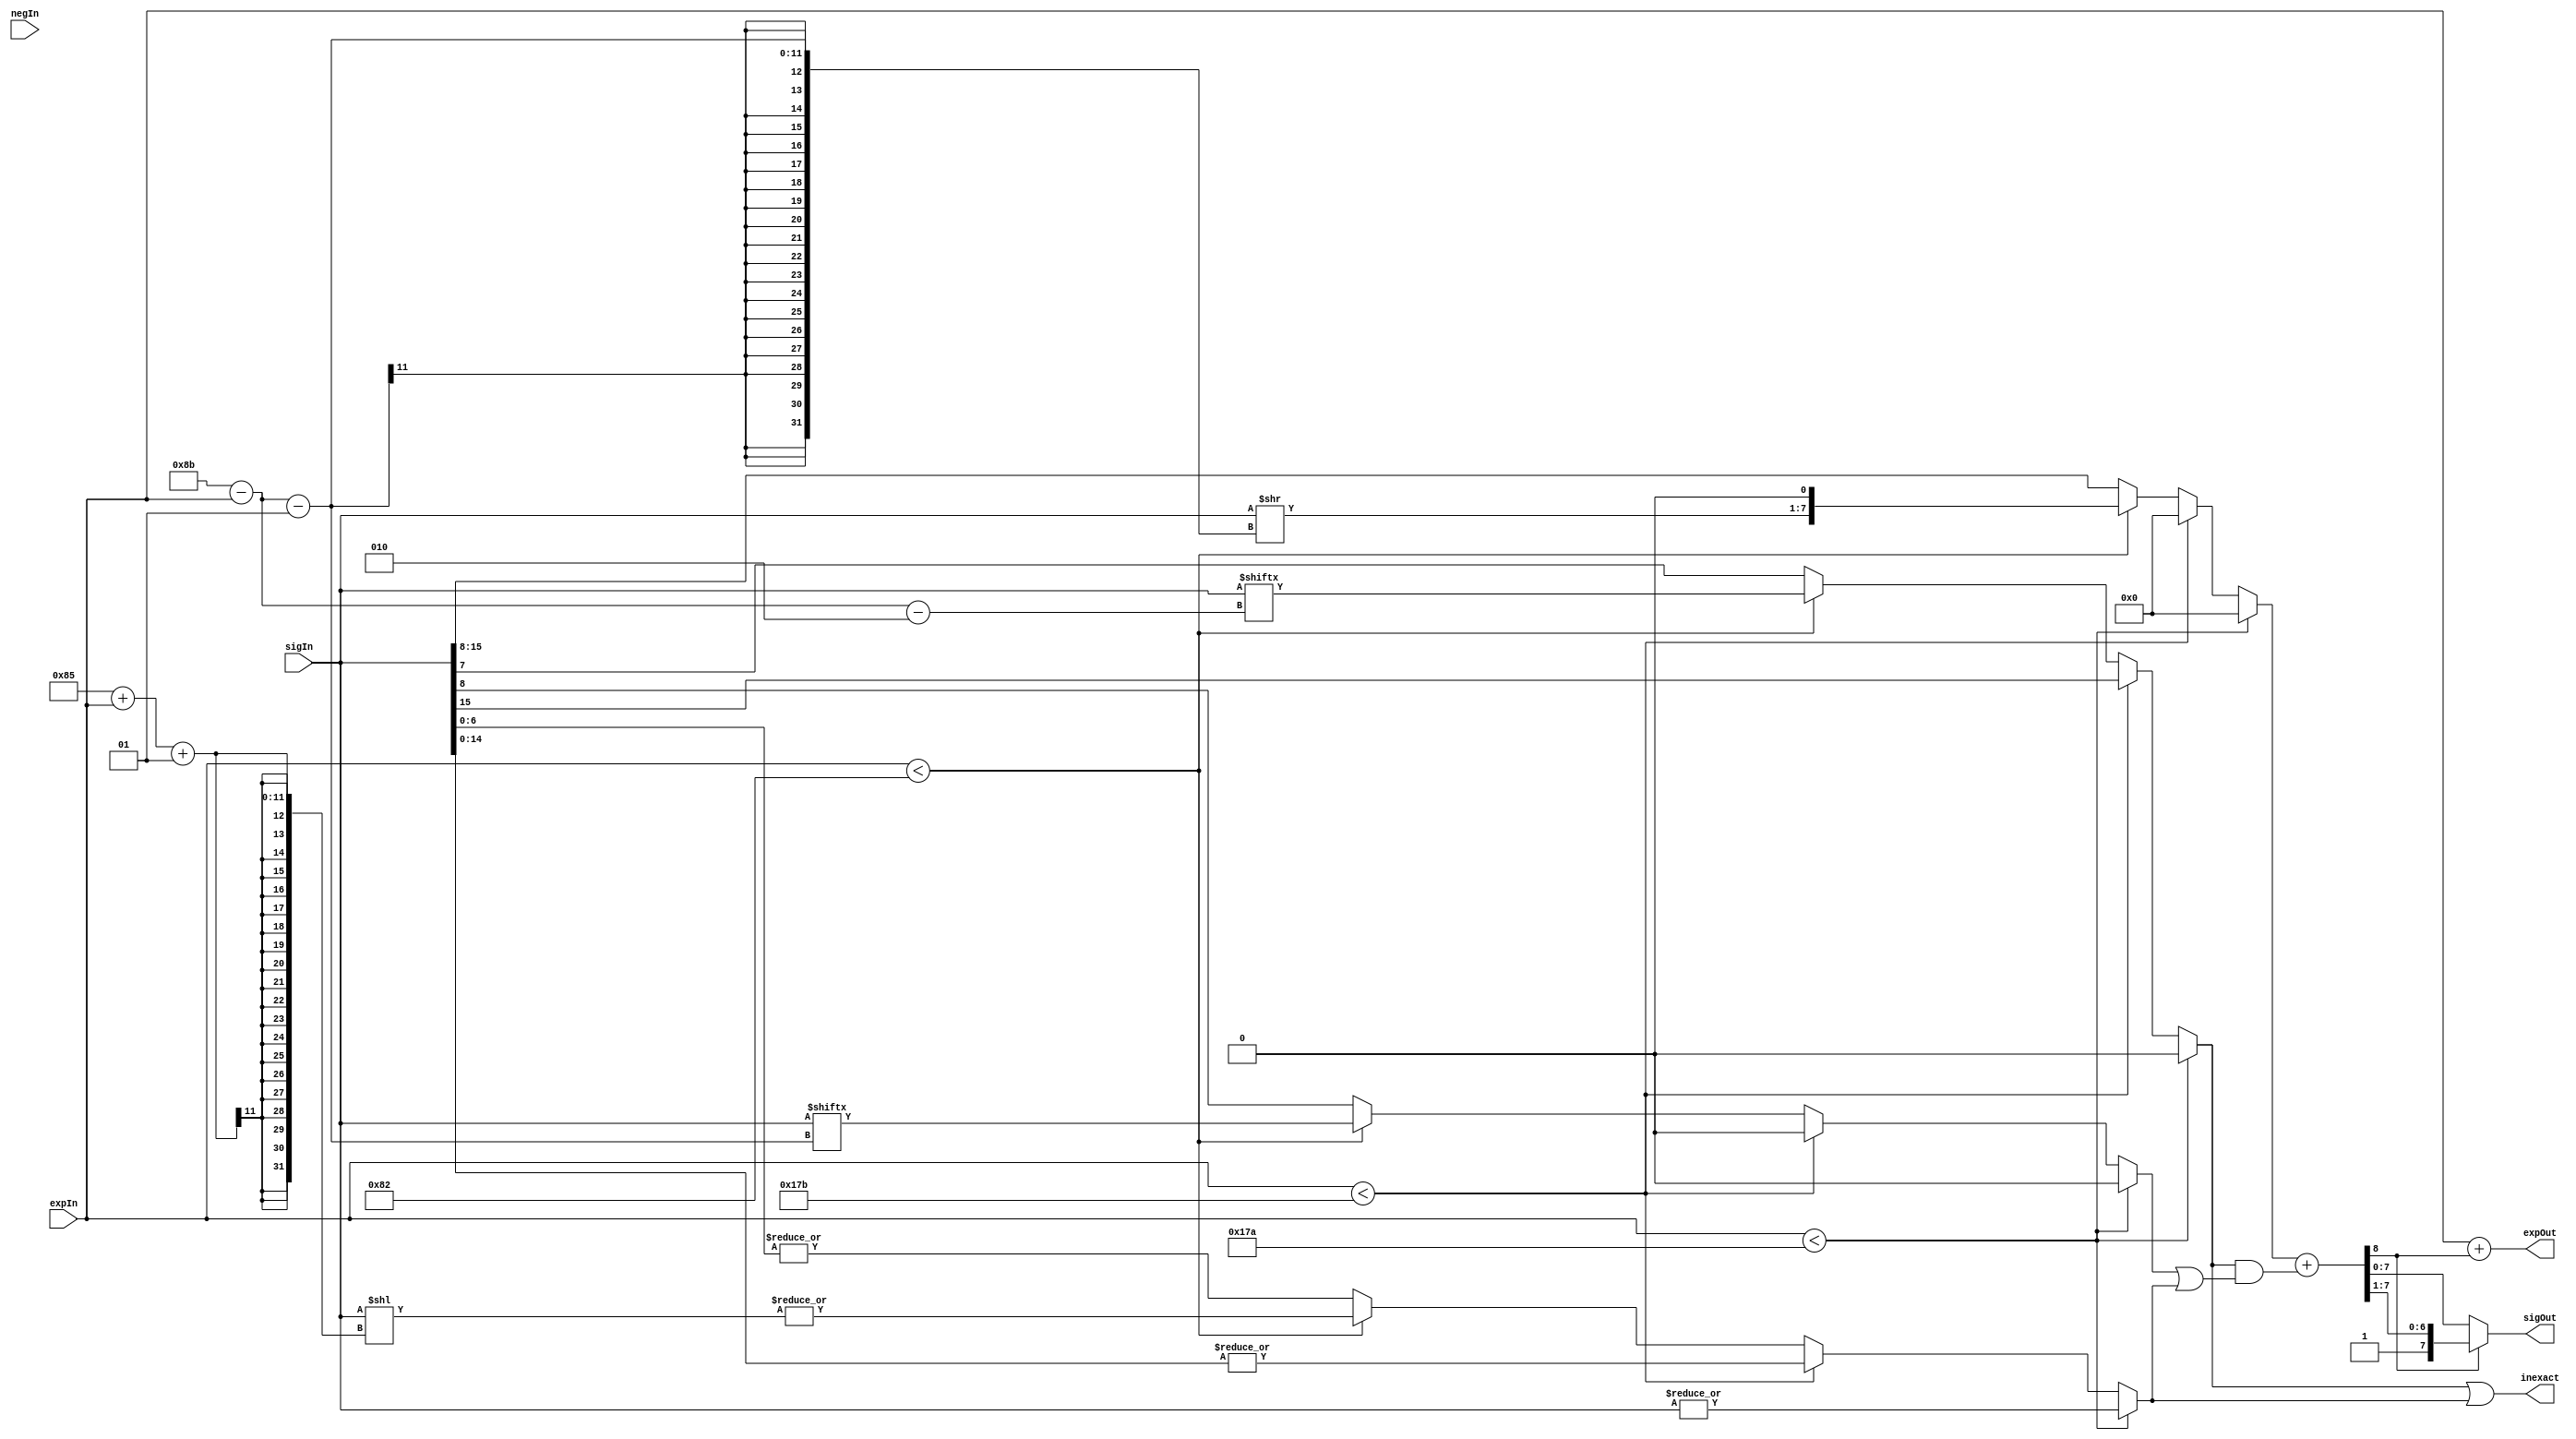
module round(negIn, expIn, sigIn,expOut, sigOut, inexact);
  parameter INTn = 16;
  parameter NEXP =  8;
  parameter NSIG = 7;
  parameter BIAS = ((1 << (NEXP - 1)) - 1); // IEEE 754, section 3.3
  parameter EMAX = BIAS; // IEEE 754, section 3.3
  parameter EMIN = (1 - EMAX); // IEEE 754, section 3.3

  input negIn;
  input signed [NEXP+1:0] expIn;
  input [INTn-1:0] sigIn;
  output signed [NEXP+1:0] expOut;
  output [NSIG:0] sigOut;
  output inexact;
  reg inexact;
  
  wire Cout;
  wire [NSIG:0] aSig, rSig;
  wire signed [NEXP+1:0] rExp;

  reg [NSIG:0] tSig;
  reg [INTn-1:0] yBar;
  
  // Flags used in determination of whether we should be rounding:
  reg lastKeptBitIsOdd, decidingBitIsOne, remainingBitsAreNonzero;
  
  reg subnormal;
  
  always @(*)
  begin
    subnormal = 1;
    
    if (expIn < -126-NSIG-1)
      begin
        // Is the last bit to be saved a `1', that is, is it odd?
        lastKeptBitIsOdd        =  1'b0; // No bits are being kept.
           
        // Is the first bit to be truncated a `1'?
        // Then we use the last bit being kept to break the tie
        // in choosing to round, or use the rest of the truncated
        // bits.
        decidingBitIsOne        =  1'b0;
  
        // Are the bits beyond the first bit to be truncated all zero?
        // If not, we don't have a tie situation.
        remainingBitsAreNonzero = |sigIn;
              
        tSig = {NSIG+1{1'b0}};
      end
    else if (expIn < EMIN-NSIG)
      begin
        // Is the last bit to be saved a `1', that is, is it odd?
        lastKeptBitIsOdd        =  1'b0; // No bits are being kept.
           
        // Is the first bit to be truncated a `1'?
        // Then we use the last bit being kept to break the tie
        // in choosing to round, or use the rest of the truncated
        // bits.
        decidingBitIsOne        =  sigIn[INTn-1];
  
        // Are the bits beyond the first bit to be truncated all zero?
        // If not, we don't have a tie situation.
        remainingBitsAreNonzero = |sigIn[INTn-2:0];
              
        tSig = {NSIG+1{1'b0}};
      end
    else if (expIn < EMIN)
      begin
        // Is the last bit to be saved a `1', that is, is it odd?
        lastKeptBitIsOdd        =  sigIn[INTn-NSIG+EMIN-expIn-1];
           
        // Is the first bit to be truncated a `1'?
        // Then we use the last bit being kept to break the tie
        // in choosing to round, or use the rest of the truncated
        // bits.
        decidingBitIsOne        =  sigIn[INTn-NSIG+EMIN-expIn-2];
  
        // Calculate which bits are the remaining bits of y-bar.
        yBar = sigIn << (NSIG-EMIN+expIn+1);

        // Are the bits beyond the first bit to be truncated all zero?
        // If not, we don't have a tie situation.
        remainingBitsAreNonzero = |yBar[INTn-2:0];
        
        tSig = {(sigIn >> (INTn-NSIG+EMIN-expIn-1)), 1'b0};
      end
    else
      begin
        // Is the last bit to be saved a `1', that is, is it odd?
        lastKeptBitIsOdd        =  sigIn[INTn-NSIG-1];
           
        // Is the first bit to be truncated a `1'?
        // Then we use the last bit being kept to break the tie
        // in choosing to round, or use the rest of the truncated
        // bits.
        decidingBitIsOne        =  sigIn[INTn-NSIG-2];
  
        // Are the bits beyond the first bit to be truncated all zero?
        // If not, we don't have a tie situation.
        remainingBitsAreNonzero = |sigIn[INTn-NSIG-3:0];

        tSig = sigIn[INTn-1:INTn-NSIG-1];
        
        subnormal = 0;
    end
    
    // Are any of the truncated bits one, i.e., non-zero?
    inexact = decidingBitIsOne | remainingBitsAreNonzero;
  end
                
  // This flag holds the boolean value of whether or not we need to round this
  // significand. It's used as the carry-in bit for the instantiation of
  // padder24() below.
  wire roundBit =  
     decidingBitIsOne & (lastKeptBitIsOdd | remainingBitsAreNonzero) ;
   // When ra[roundTowardZero] is true we don't round, we
   // truncate.

  // Compute the rounded significand.

    assign {Cout, aSig} = {1'b0, tSig} + roundBit;
   
  // If there was a carry-out then the carry-out is the new most significant
  // bit set to 1 (one).
  assign rSig = Cout ? {Cout, aSig[NSIG:1]} : aSig;
  
  // If when we rounded sigIn there was a carry-out we need to adjust the exponent
  // to re-normalize the result.
  assign rExp = expIn + Cout; // We're adding either 1 or 0 to expIn.
  
  // Return final exponent and significand values.
  assign {expOut, sigOut} =  {rExp, rSig};

endmodule